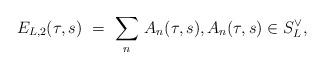
LaTeX: \begin{align*}E_{L,2}(\tau,s) \ = \ \sum_{n} \, A_n(\tau,s) , A_n(\tau,s) \in S_L^{\vee},\end{align*}